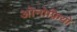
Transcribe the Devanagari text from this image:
ओनोफ़्रियो